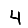
Digit: 4